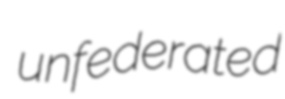
unfederated